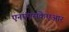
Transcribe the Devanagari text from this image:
एनएएसकेएआर